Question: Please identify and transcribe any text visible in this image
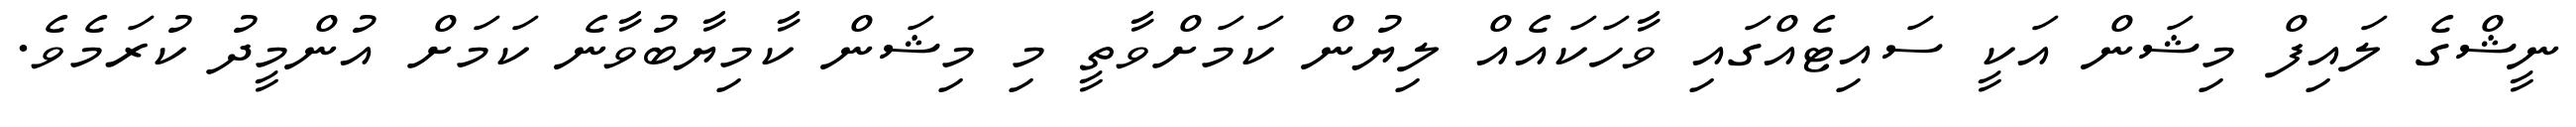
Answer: ނީޝްގެ ލައިފް މިޝަން އަކީ ސައިޓެއްގައި ވާހަކައެއް ލިޔުން ކަމަށްވާތީ މި މިޝަން ކާމިޔާބުވާނެ ކަމަށް އުންމީދު ކުރަމެވެ.